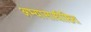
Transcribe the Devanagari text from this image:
अभ्यासाधीष्ठित